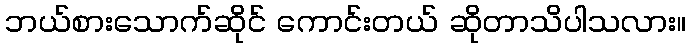
ဘယ်စားသောက်ဆိုင် ကောင်းတယ် ဆိုတာသိပါသလား။